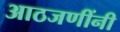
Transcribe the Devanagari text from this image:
आठजणींनी